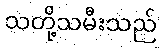
သတို့သမီးသည်